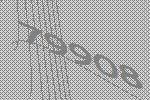
79908